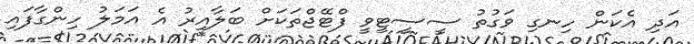
އަދި އެކަން ހިނގި ވަގުތު ސީސީޓީވީ ފްޓޭޖްތަކަށް ބަލާއިރު އެ އަމަލު ހިންގާފައި